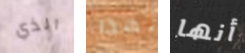
الذي لهذا أنها